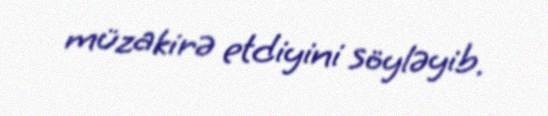
müzakirə etdiyini söyləyib.